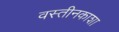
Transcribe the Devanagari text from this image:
वस्तीनकाशा